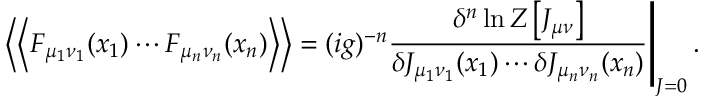
\left. \left< \left< F _ { \mu _ { 1 } \nu _ { 1 } } ( x _ { 1 } ) \cdots F _ { \mu _ { n } \nu _ { n } } ( x _ { n } ) \right> \right> = ( i g ) ^ { - n } \frac { \delta ^ { n } \ln { \cal Z } \left[ J _ { \mu \nu } \right] } { \delta J _ { \mu _ { 1 } \nu _ { 1 } } ( x _ { 1 } ) \cdots \delta J _ { \mu _ { n } \nu _ { n } } ( x _ { n } ) } \right| _ { J = 0 } .